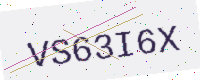
Text: VS63I6X